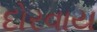
દોરવાય